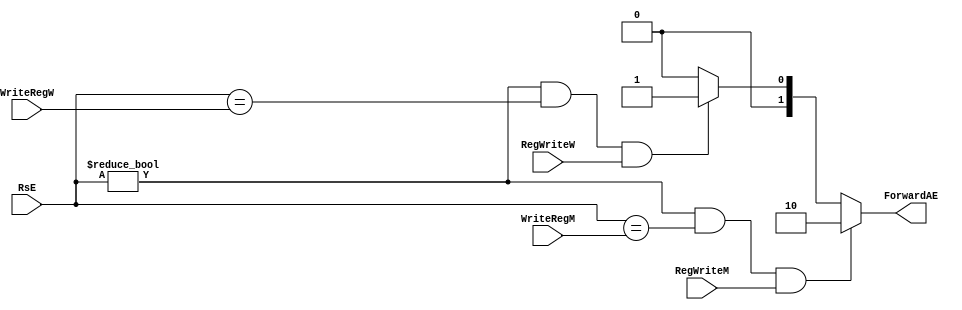
`timescale 1ns / 1ps
//////////////////////////////////////////////////////////////////////////////////
// Company: 
// Engineer: 
// 
// Design Name: 
// Module Name: HazardUnit
// Project Name: 
// Target Devices: 
// Tool Versions: 
// Description: 
//
// Dependencies: 
// 
// Revision:
// Revision 0.01 - File Created
// Additional Comments:
// 
//////////////////////////////////////////////////////////////////////////////////
module HarzardControlFAE(RsE,RegWriteM, RegWriteW, WriteRegM, WriteRegW, ForwardAE);
input[4:0] RsE,WriteRegM, WriteRegW;
input RegWriteM, RegWriteW;
output reg[1:0] ForwardAE;
always@(*)begin 
if(  (RsE !=0 ) && (RsE==WriteRegM) && RegWriteM ) ForwardAE =2'b10;
else if(  (RsE !=0 ) && (RsE==WriteRegW) && RegWriteW ) ForwardAE =2'b01;
else ForwardAE = 2'b00;
end
endmodule

module HarzardControlFBE(RtE,RegWriteM, RegWriteW, WriteRegM, WriteRegW, ForwardBE);
input[4:0] RtE,WriteRegM, WriteRegW;
input RegWriteM, RegWriteW;
output reg[1:0] ForwardBE;
always@(*)begin 
if(  (RtE !=0 ) && (RtE==WriteRegM) && RegWriteM ) ForwardBE =2'b10;
else if(  (RtE !=0 ) && (RtE==WriteRegW) && RegWriteW ) ForwardBE =2'b01;
else ForwardBE = 2'b00;
end
endmodule

module HarzardStall(RsD,RtD,RtE,MemtoRegE, lwstall);
input [4:0]RsD,RtE,RtD;
input [1:0] MemtoRegE;
output lwstall;
assign lwstall=(   ( (RsD==RtE) || (RtD==RtE) ) && MemtoRegE[0]    );
endmodule

module HarzardControlAD(RsD,WriteRegM, RegWriteM, ForwardAD);
input[4:0] RsD,WriteRegM;
input RegWriteM;
output ForwardAD;
assign ForwardAD = ((RsD!=0) && (RsD==WriteRegM) && RegWriteM);
endmodule

module HarzardControlBD(RtD,WriteRegM, RegWriteM, ForwardBD);
input[4:0] RtD,WriteRegM;
input RegWriteM;
output ForwardBD;
assign ForwardBD = ((RtD!=0) && (RtD==WriteRegM) && RegWriteM);
endmodule

module HarzardStallBranch(BranchD, RegWriteE, MemtoRegM , WriteRegE, WriteRegM, RsD,RtD, branchstall);
input BranchD,RegWriteE; 
input [1:0] MemtoRegM ;
input[4:0] WriteRegE,WriteRegM, RsD, RtD;
output branchstall;
assign branchstall = ( 
(   BranchD && RegWriteE && (   (WriteRegE==RsD) || (WriteRegE==RtD)   )) || 
( BranchD && MemtoRegM[0] && ((WriteRegM==RsD) || (WriteRegM==RtD)))
);
endmodule

module HazardUnit(RsD,RtD,RsE,RtE, MemtoRegE,MemtoRegM, RegWriteE, RegWriteM, WriteRegM,
WriteRegW,  WriteRegE, RegWriteW ,BranchD, StallIF,StallID, FlushE,ForwardAD,ForwardBD,ForwardAE,ForwardBE);

input[4:0] RsD,RtD,RsE,RtE,WriteRegM, WriteRegW, WriteRegE ;
input  RegWriteE, RegWriteM, RegWriteW, BranchD;
input  [1:0] MemtoRegM, MemtoRegE;
output StallIF,StallID,FlushE, ForwardAD,ForwardBD;
output [1:0]ForwardAE,ForwardBE;


wire lwstall,branchstall;


HarzardControlFAE  har1(RsE,RegWriteM, RegWriteW, WriteRegM, WriteRegW, ForwardAE);
HarzardControlFBE  har2(RtE,RegWriteM, RegWriteW, WriteRegM, WriteRegW, ForwardBE);
HarzardStall       har3(RsD,RtD,RtE, MemtoRegE, lwstall);
HarzardControlAD   har4(RsD,WriteRegM, RegWriteM, ForwardAD); 
HarzardControlBD   har5(RtD,WriteRegM, RegWriteM, ForwardBD);
HarzardStallBranch har6(BranchD, RegWriteE, MemtoRegM , WriteRegE, WriteRegM, RsD,RtD, branchstall);

assign StallIF = lwstall || branchstall;
assign StallID = lwstall || branchstall;
assign FlushE  = lwstall || branchstall;
 
endmodule